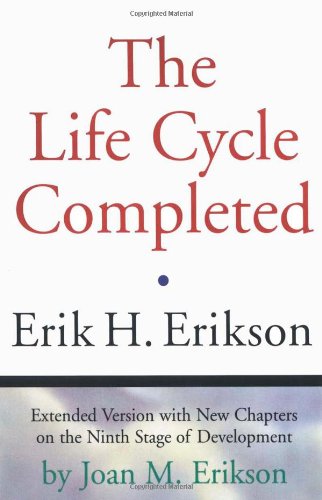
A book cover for The Life Cycle Completed (Extended Version); Erik H. Erikson; Medical Books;